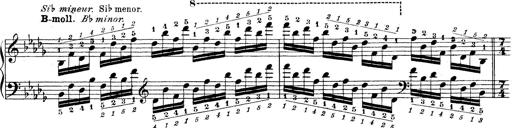
Title: Technische Studien
Composer: Franz Liszt